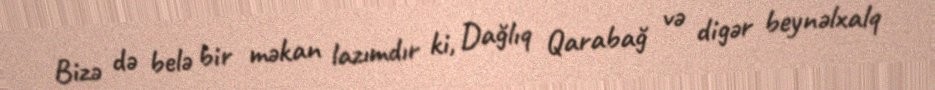
Bizə də belə bir məkan lazımdır ki, Dağlıq Qarabağ və digər beynəlxalq